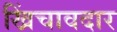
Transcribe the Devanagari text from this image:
खिंचावदार